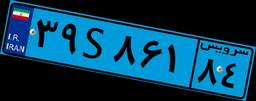
۱۲S۹۸۲۸۵